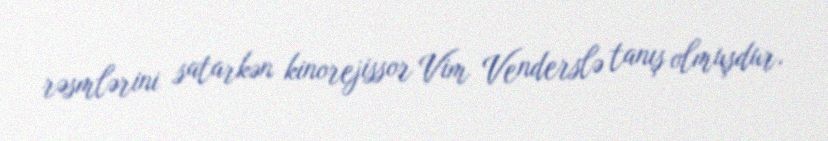
rəsmlərini satarkən kinorejissor Vim Venderslə tanış olmuşdur.